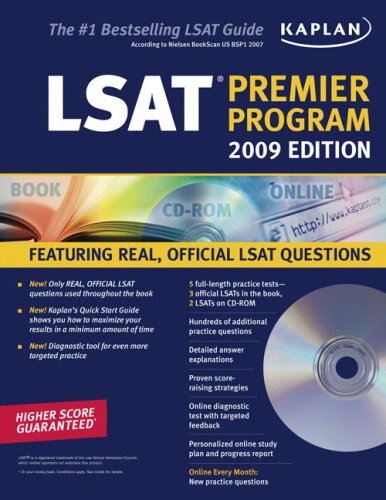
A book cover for Kaplan LSAT 2009 Premier Program (w/ CD-ROM) (Kaplan LSAT Premier Program (W/CD)); Kaplan; Test Preparation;